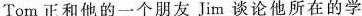
Tom正和他的一个朋友Jim谈论他所在的学